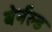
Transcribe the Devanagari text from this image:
बेर्नल्ड